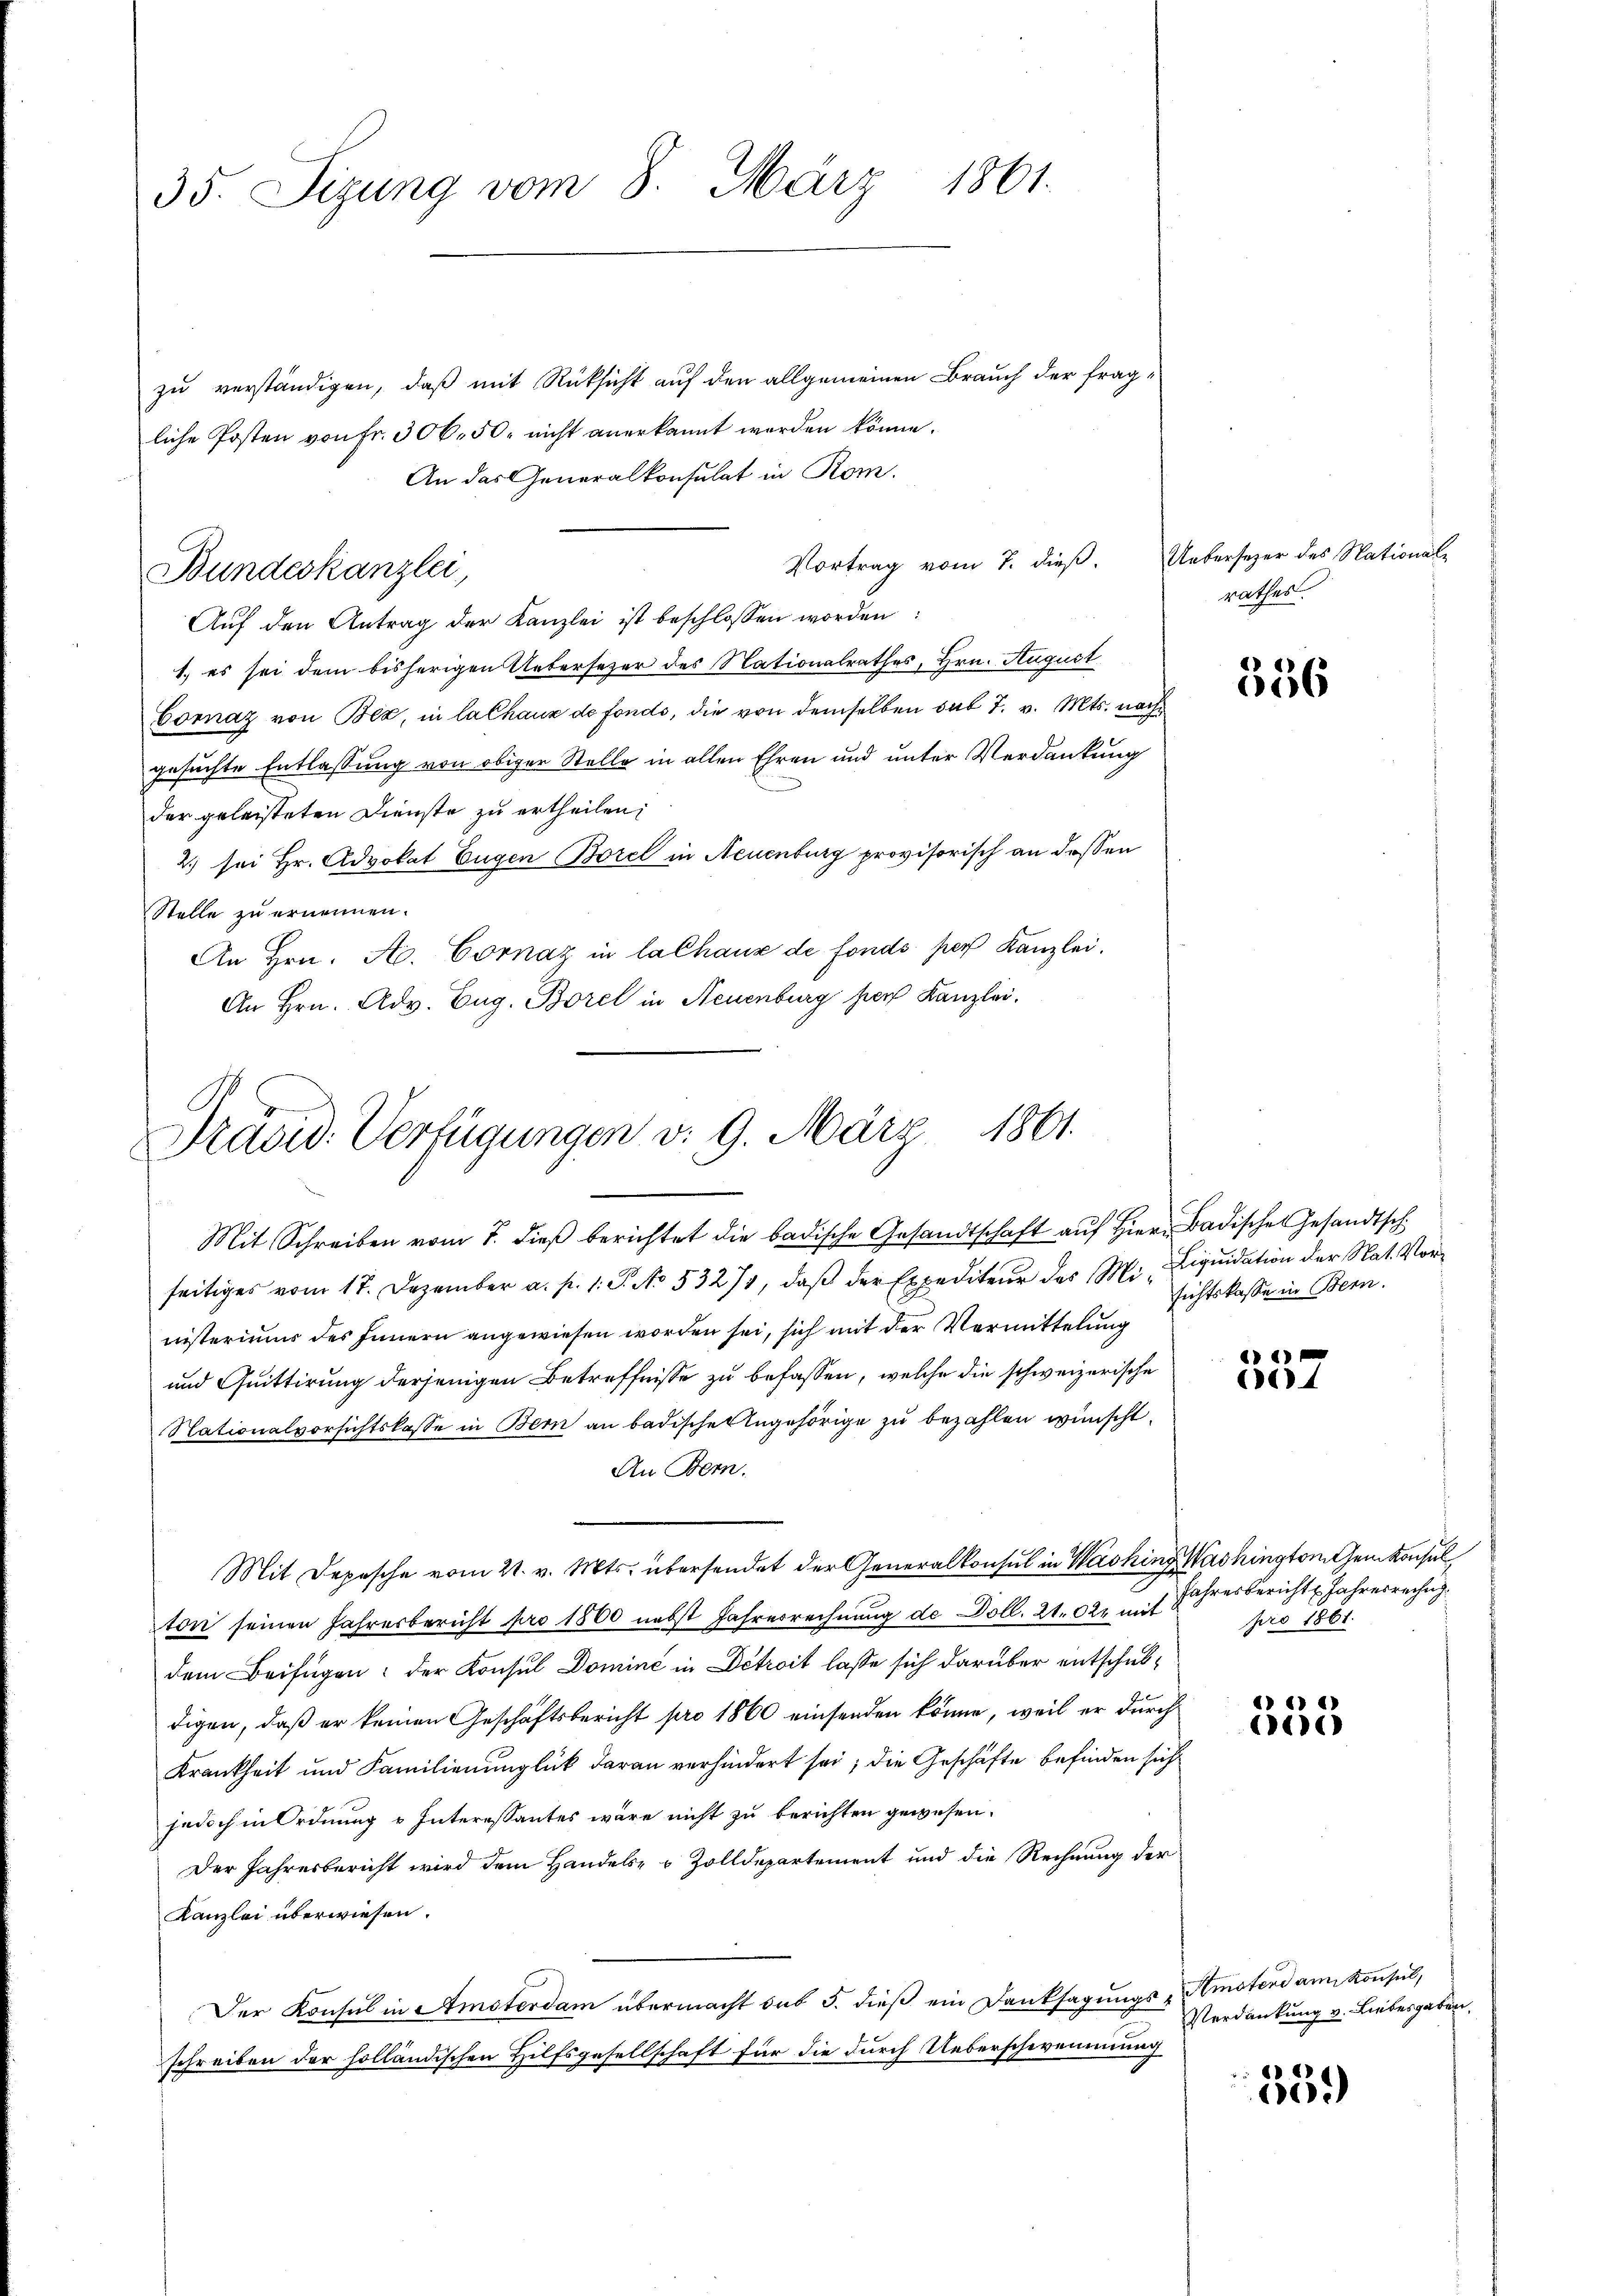
35. Sizung vom 8. März 1861.

zu verständigen, daß mit Rüksicht auf den allgemeinen Brauch der fragliche Posten von fr. 306. 50. nicht anerkannt worden könne.
An das Generalkonsulat in Rom.
Vortrag vom 7. dieß,
Auf den Antrag der Kanzlei ist beschlossen worden:
1.) es sei dem bisherigen Uebersezer des Nationalrathes, Hrn. August
Cornaz von Bez, in la Chaux de fonds, die von demselben sub 7. v. Mts. nach
gesuchte Entlassung von obiger Stelle in allen Ehren und unter Verdankung
der geleisteten Dienste zu ertheilen,
2.) sei Hr. Advokat Eugen Borel in Neuenburg provisorisch an dessen
Stelle zu ernennen.
An Hrn. A. Cornaz in la Chaus de fonds per Kanzlei.
An Hrn. Adv. Eug. Borel in Neuenburg hier Kanzlei.

Bundeskanzlei,

Präsid. Verfügungen v. 9. März 1861.

Mit Schreiben vom 7. dieβ berichtet die badische Gesandtschaft auf Hier Badische Gesandtsch
seitiges vom 17. Dezember a. p. 1. J. No. 5327, daβ der Expediteŭr des Mi- Liqŭidation der Nat. Vor-
nisteriums des Innern angewiesen worden sei, sich mit der Vermittelung
und Quittirung derjenigen Betreffnisse zu befassen, welche die schweizerische
Nationalvorsichtskasse in Bern an badische Angehörige zu bezahlen wünscht.
An Bern.
Mit Depesche vom 21. v. Mts. übersendet der Generalkonsul in Washing Washington Gemkonsul
ton seinen Jahresbericht pro 1800 nebst Jahresrechnung de Doll. 21. Okt mit
dem Beifügen: der Konsul Dominé in Detroit lasse sich darüber entschubdigen, daß er keinen Geschäftsbericht pro 1860 einsenden könne, weil er durch
Krankheit und Familienunglück daran verhindert sei; die Geschäfte befinden sich
jedoch in Ordnung u Interessantes wäre nicht zu berichten gewesen.
Der Jahresbericht wird dem Handels- & Zolldepartement und die Rechnung der
Kanzlei überwiesen.
Der Konsul in Amsterdam übermacht sub 5. dieß ein Danksagungs-Amstend an Konsul,
schreiben der holländischen Hilfsgesellschaft für die durch Ueberschwemmung

Ueberseher des Nationale
rathes.

356

sichtskasse in Bern.

1
4

Jahresbericht Jahresrechn
pro 1861.

1 11
e

Verdankung v. Liebesgaben.

6
60)